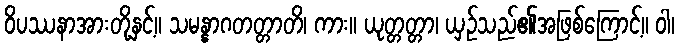
ဝိပဿနာအားတို့နှင့်။ သမန္နာဂတတ္တာတိ၊ ကား။ ယုတ္တတ္တာ၊ ယှဉ်သည်၏အဖြစ်ကြောင့်။ ဝါ၊